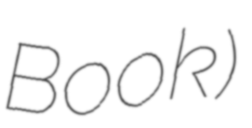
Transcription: Book)